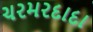
ચરમરદાદા